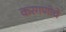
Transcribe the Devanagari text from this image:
करगणीचे